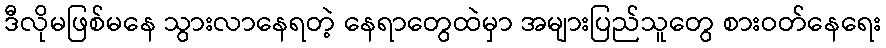
ဒီလိုမဖြစ်မနေ သွားလာနေရတဲ့ နေရာတွေထဲမှာ အများပြည်သူတွေ စားဝတ်နေရေး